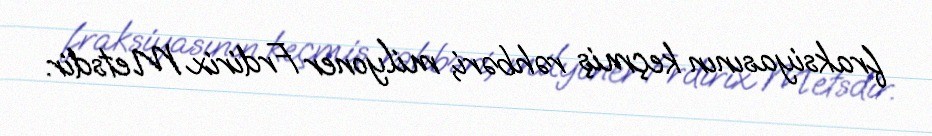
fraksiyasının keçmiş rəhbəri, milyoner Frdirix Metsdir.